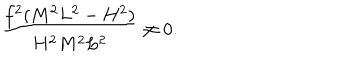
\hspace { 1 0 e m } \frac { f ^ { 2 } ( M ^ { 2 } L ^ { 2 } - H ^ { 2 } ) } { H ^ { 2 } M ^ { 2 } L ^ { 2 } } \neq 0 .